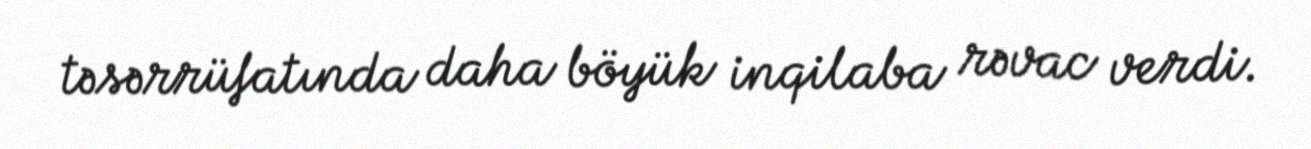
təsərrüfatında daha böyük inqilaba rəvac verdi.